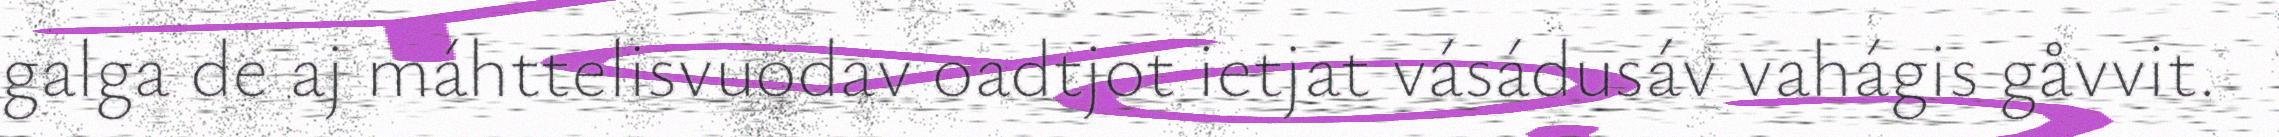
galga de aj máhttelisvuodav oadtjot ietjat vásádusáv vahágis gåvvit.